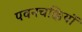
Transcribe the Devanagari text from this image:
पवनचक्कियों